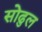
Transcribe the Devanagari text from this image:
सोढुल